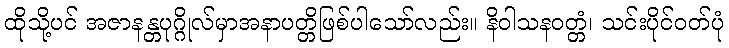
ထိုသို့ပင် အဇာနန္တပုဂ္ဂိုလ်မှာအနာပတ္တိဖြစ်ပါသော်လည်း။ နိဝါသနဝတ္တံ၊ သင်းပိုင်ဝတ်ပုံ